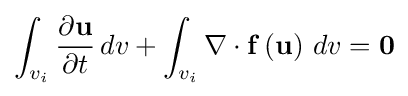
\int _{v_{i}}{\frac {\partial \mathbf {u} }{\partial t}}\,dv+\int _{v_{i}}\nabla \cdot {\mathbf {f} }\left({\mathbf {u} }\right)\,dv={\mathbf {0} }